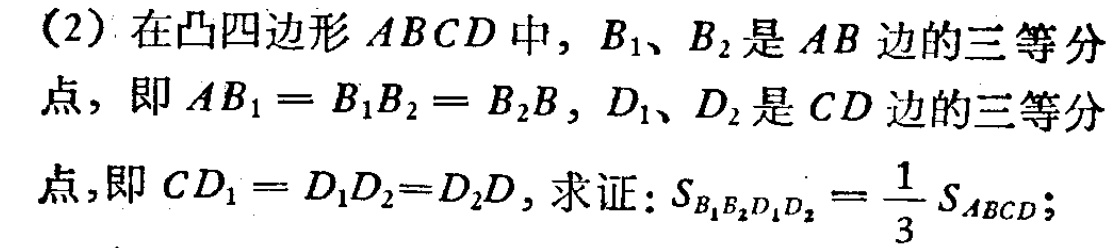
(2) 在凸四边形 \(ABCD\) 中，\(B_1\)、\(B_2\) 是 \(AB\) 边的三等分点，即 \(AB_1 = B_1B_2 = B_2B\)，\(D_1\)、\(D_2\) 是 \(CD\) 边的三等分点，即 \(CD_1 = D_1D_2 = D_2D\)，求证：\(S_{B_1B_2D_1D_2}=\frac{1}{3}S_{ABCD}\)；